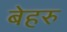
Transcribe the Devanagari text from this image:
बेहरु